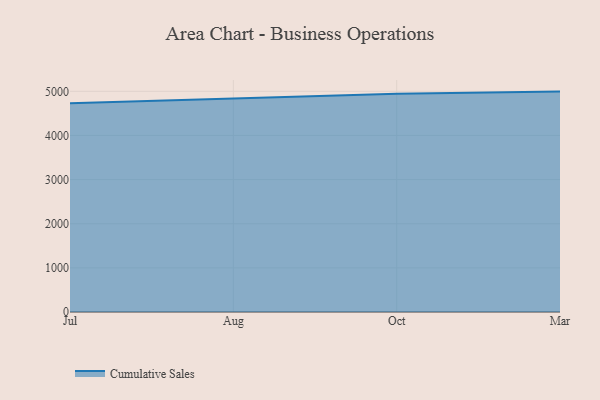
{"axis": {"x": "Month", "y": "Page Views"}, "legend": ["Cumulative Sales"], "data": [{"x": "Jul", "y": 4730.1, "type": "Cumulative Sales"}, {"x": "Aug", "y": 4831.5, "type": "Cumulative Sales"}, {"x": "Oct", "y": 4945.3, "type": "Cumulative Sales"}, {"x": "Mar", "y": 4993.5, "type": "Cumulative Sales"}]}